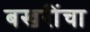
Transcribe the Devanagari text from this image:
बखरींचा